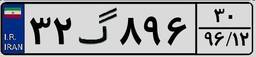
۲۴گ۶۵۳۲۰